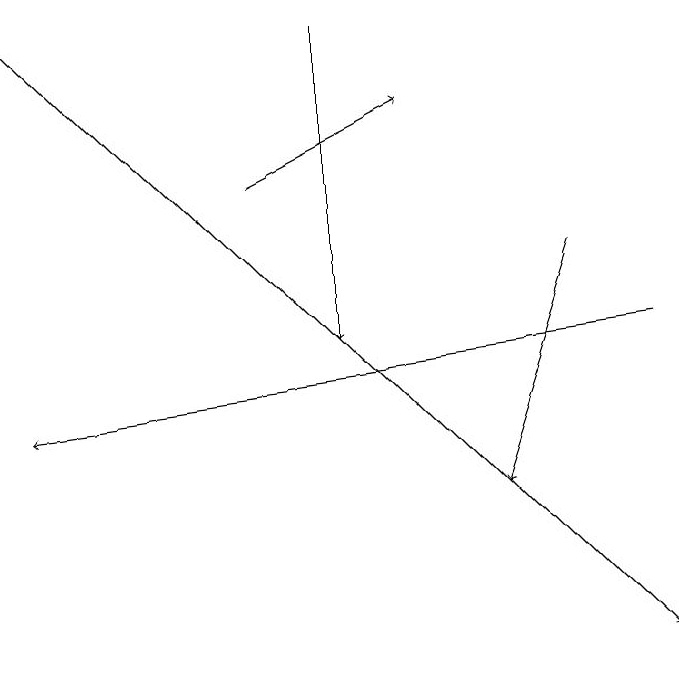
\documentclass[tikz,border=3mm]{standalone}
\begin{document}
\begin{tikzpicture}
\draw[->] (8,15) -- (0,14);
\draw[->] (0,19) -- (8,11);
\draw[->] (7,16) -- (6,13);
\draw[->] (3,17) -- (5,18);
\draw[->] (4,19) -- (4,15);
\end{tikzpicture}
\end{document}